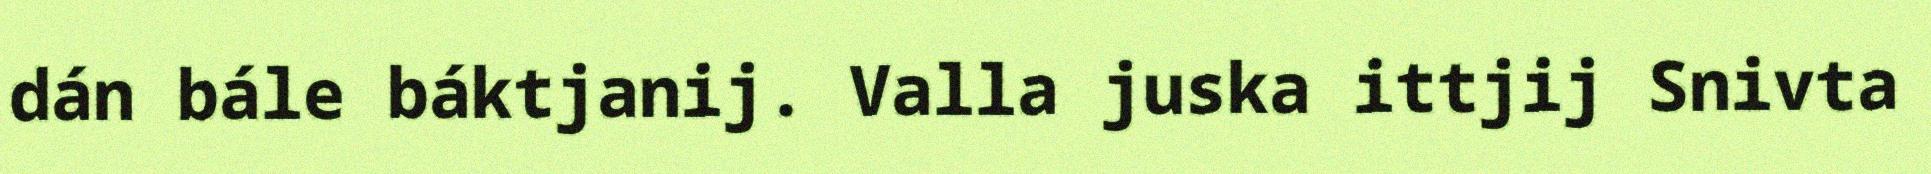
dán bále báktjanij. Valla juska ittjij Snivta